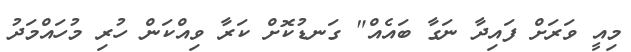
މިއީ ވަރަށް ފައިދާ ނަގާ ބައެއް" ގަނޑުކޮށް ކަރާ ވިއްކަން ހުރި މުހައްމަދު